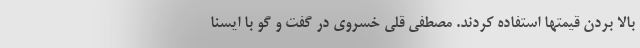
بالا بردن قیمتها استفاده کردند. مصطفی قلی خسروی در گفت و گو با ایسنا